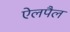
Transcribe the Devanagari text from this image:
ऐलपैल